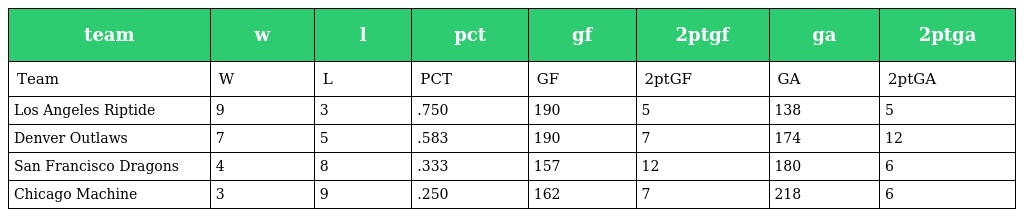
| team | w | l | pct | gf | 2ptgf | ga | 2ptga |
 | --- | --- | --- | --- | --- | --- | --- | --- |
 | Team | W | L | PCT | GF | 2ptGF | GA | 2ptGA |
 | Los Angeles Riptide | 9 | 3 | .750 | 190 | 5 | 138 | 5 |
 | Denver Outlaws | 7 | 5 | .583 | 190 | 7 | 174 | 12 |
 | San Francisco Dragons | 4 | 8 | .333 | 157 | 12 | 180 | 6 |
 | Chicago Machine | 3 | 9 | .250 | 162 | 7 | 218 | 6 |